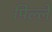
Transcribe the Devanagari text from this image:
पिल्‍ले